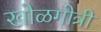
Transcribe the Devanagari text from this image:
खोळगोत्री